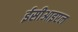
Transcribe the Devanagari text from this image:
ईसीआइएल